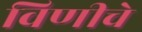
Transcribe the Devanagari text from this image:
विणीचे